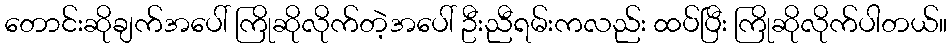
တောင်းဆိုချက်အပေါ် ကြိုဆိုလိုက်တဲ့အပေါ် ဦးညီရမ်းကလည်း ထပ်ပြီး ကြိုဆိုလိုက်ပါတယ်။